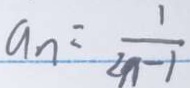
a _ { n } = \frac { 1 } { 2 n - 1 }